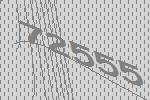
72555